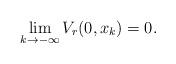
LaTeX: \begin{align*}\lim_{k\rightarrow -\infty} V_r(0, x_k) = 0.\end{align*}